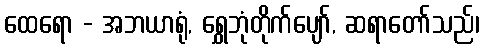
ထေရော - အဘယာရုံ, ရွှေဘုံတိုက်ပျော်, ဆရာတော်သည်၊